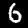
Label: 6